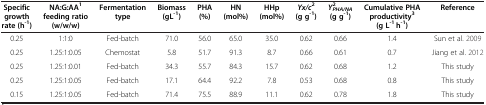
<table><thead><tr><td><b>Specific growth rate (h<sup>-1</sup>)</b></td><td><b>NA:G:AA<sup>1</sup>feeding ratio (w/w/w)</b></td><td><b>Fermentation type</b></td><td><b>Biomass(gL<sup>-1</sup>)</b></td><td><b>PHA (%)</b></td><td><b>HN (mol%)</b></td><td><b>HHp (mol%)</b></td><td><b><i>Yx/c</i><sup>2</sup>(g g<sup>-1</sup>)</b></td><td><b><i>Y</i><sub><i>PHA/NA</i></sub><sup>2</sup>(g g<sup>-1</sup>)</b></td><td><b>Cumulative PHA productivity<sup>3</sup>(g L<sup>-1</sup> h<sup>-1</sup>)</b></td><td><b>Reference</b></td></tr></thead><tbody><tr><td>0.25</td><td>1:1:0</td><td>Fed-batch</td><td>71.0</td><td>56.0</td><td>65.0</td><td>35.0</td><td>0.62</td><td>0.66</td><td>1.4</td><td>Sun et al. 2009</td></tr><tr><td>0.25</td><td>1.25:1:0.05</td><td>Chemostat</td><td>5.8</td><td>51.7</td><td>91.3</td><td>8.7</td><td>0.66</td><td>0.61</td><td>0.7</td><td>Jiang et al. 2012</td></tr><tr><td>0.25</td><td>1.25:1:0.01</td><td>Fed-batch</td><td>34.3</td><td>55.7</td><td>84.3</td><td>15.7</td><td>0.62</td><td>0.68</td><td>1.2</td><td>This study</td></tr><tr><td>0.25</td><td>1.25:1:0.05</td><td>Fed-batch</td><td>17.1</td><td>64.4</td><td>92.2</td><td>7.8</td><td>0.53</td><td>0.68</td><td>0.8</td><td>This study</td></tr><tr><td>0.15</td><td>1.25:1:0.05</td><td>Fed-batch</td><td>71.4</td><td>75.5</td><td>88.9</td><td>11.1</td><td>0.62</td><td>0.78</td><td>1.8</td><td>This study</td></tr></tbody></table>